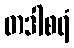
တဒါစရံ